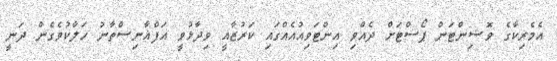
އެމެރިކާގެ ވޮޝިންޓަން ޕޯސްޓަށް ދެއްވި އިންޓަވިއުއެއްގައި ކަރުޒާއީ ވިދާޅުވީ އަފްޣާނިސްތާނު ހަލާކުވެގެން ދަނީ